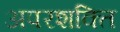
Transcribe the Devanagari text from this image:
अपरशक्ति